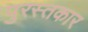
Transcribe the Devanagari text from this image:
पुरस्तकार